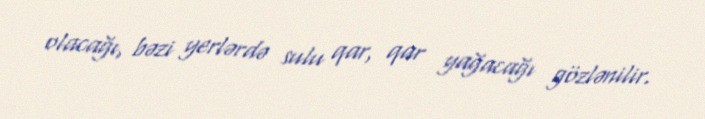
olacağı, bəzi yerlərdə sulu qar, qar yağacağı gözlənilir.